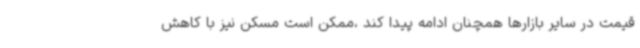
قیمت در سایر بازارها همچنان ادامه پیدا کند ،ممکن است مسکن نیز با کاهش